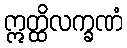
ဣတ္ထိလက္ခဏံ